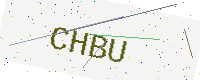
Text: CHBU